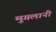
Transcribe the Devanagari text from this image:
मुगलानी